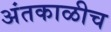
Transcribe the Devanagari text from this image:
अंतकाळीच